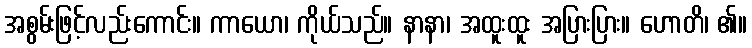
အစွမ်းဖြင့်လည်းကောင်း။ ကာယော၊ ကိုယ်သည်။ နာနာ၊ အထူးထူး အပြားပြား။ ဟောတိ၊ ၏။